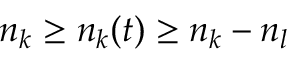
n _ { k } \ge n _ { k } ( t ) \ge n _ { k } - n _ { l }